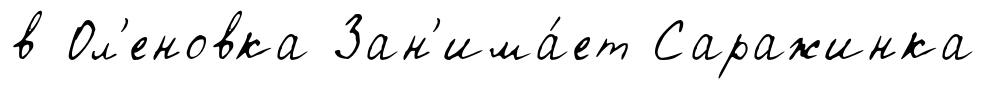
в Ол'еновка Зан'има́ет Саражинка